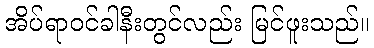
အိပ်ရာဝင်ခါနီးတွင်လည်း မြင်ဖူးသည်။